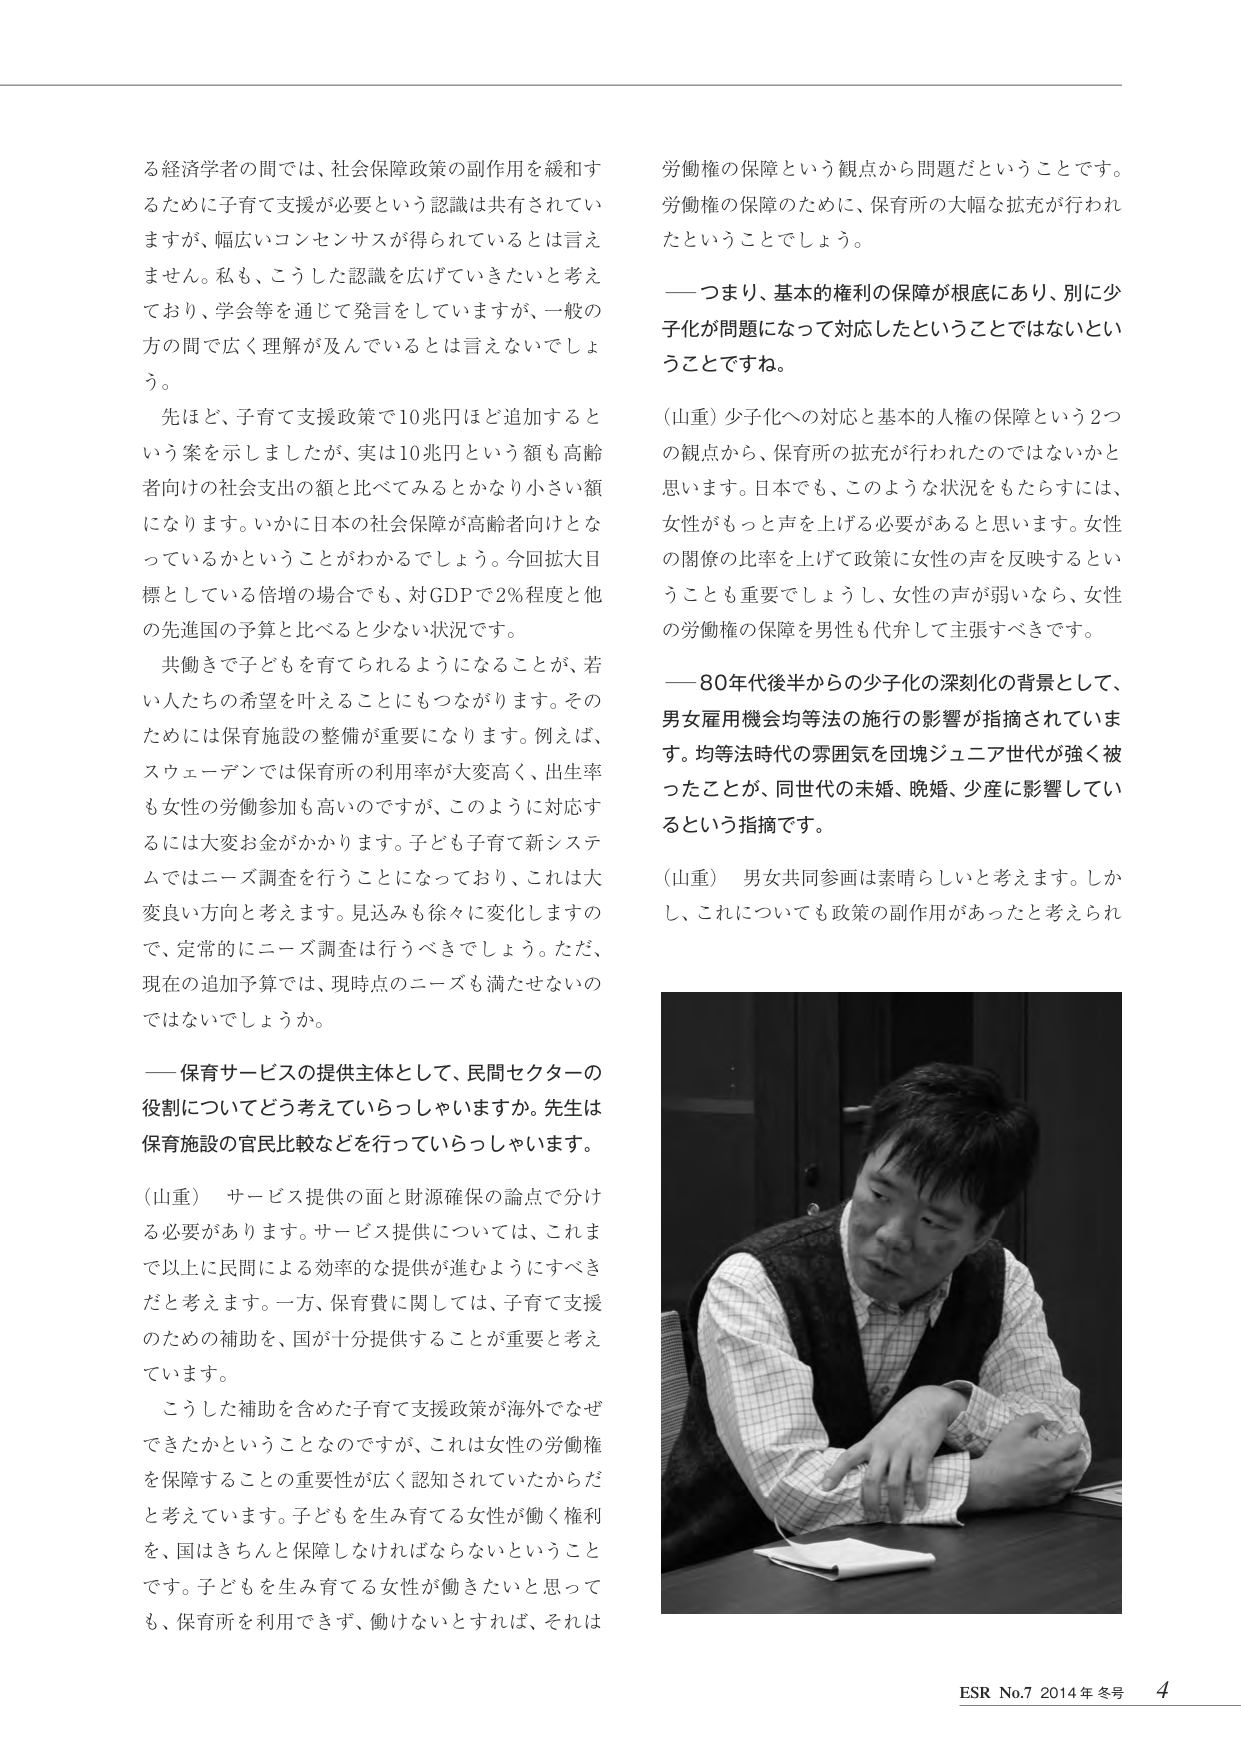
る経済学者の間では、社会保障政策の副作用を緩和するためには子育て支援が必要という認識は共有されていますが、幅広いコンセンサスが得られているとは言えません。私も、こうした認識を広げていきたいと考えており、学会等を通じて発言をしていますが、一般の方の間で広く理解が及んでいるとは言えないでしょう。

先ほど、子育て支援政策で10兆円ほど追加するという案を示しましたが、実は10兆円という額も高齢者向けの社会支出の額と比べてみるとかなり小さい額になります。いかに日本の社会保障が高齢者向けとなっているかということがわかるでしょう。今回拡大目標としている倍増の場合でも、対GDPで2％程度と他の先進国の予算と比べると少ない状況です。

共働きで子どもを育てられるようになることが、若い人たちの希望を叶えることにもつながります。そのためには保育施設の整備が重要になります。例えば、スウェーデンでは保育所の利用率が大変高く、出生率も女性の労働参加も高いのですが、このように対応するには大変お金がかかります。子ども子育て新システムではニーズ調査を行うことになっており、これは大変良い方向と考えます。見込みも徐々に変化しますので、定常的にニーズ調査は行うべきでしょう。ただ、現在の追加予算では、現時点のニーズも満たせないのではないでしょうか。

――保育サービスの提供主体として、民間セクターの役割についてどう考えていらっしゃいますか。先生は保育施設の官民比較などを行っていらっしゃいます。

（山重） サービス提供の面と財源確保の論点で分ける必要があります。サービス提供については、これまで以上に民間による効率的な提供が進むようにすべきだと考えます。一方、保育費に関しては、子育て支援のための補助を、国が十分提供することが重要と考えています。

こうした補助を含めた子育て支援政策が海外でなぜできたかということなのですが、これは女性の労働権を保障することの重要性が広く認知されていたからだと考えています。子どもを生み育てる女性が働く権利を、国はきちんと保障しなければならないということです。子どもを生み育てる女性が働きたいと思っても、保育所を利用できず、働けないとすれば、それは労働権の保障という観点から問題だということです。労働権の保障のために、保育所の大幅な拡充が行われたということでしょう。

――つまり、基本的権利の保障が根底にあり、別に少子化が問題になって対応したということではないということですね。

（山重）少子化への対応と基本的人権の保障という2つの観点から、保育所の拡充が行われたのではないかと思います。日本でも、このような状況をもたらすには、女性がもっと声を上げる必要があると思います。女性の関係の比率を上げて政策に女性の声を反映するということも重要でしょうし、女性の声が弱いなら、女性の労働権の保障を男性も代弁して主張すべきです。

――80年代後半からの少子化の深刻化の背景として、男女雇用機会均等法の施行の影響が指摘されています。均等法時代の雰囲気を囲塊ジュニア世代が強く被ったことが、同世代の未婚、晩婚、少産に影響しているという指摘です。

（山重） 男女共同参画は素晴らしいと考えます。しかし、これについても政策の副作用があったと考えられます。

ESR No.7 2014年 冬号 4